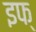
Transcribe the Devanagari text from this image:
इफ्